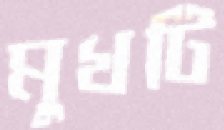
মুখটি